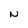
Character: N